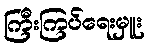
ကြီးကြပ်ရေးမှူး